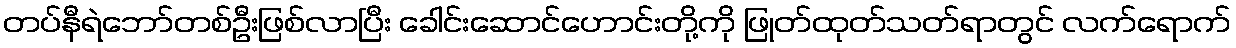
တပ်နီရဲဘော်တစ်ဦးဖြစ်လာပြီး ခေါင်းဆောင်ဟောင်းတို့ကို ဖြုတ်ထုတ်သတ်ရာတွင် လက်ရောက်